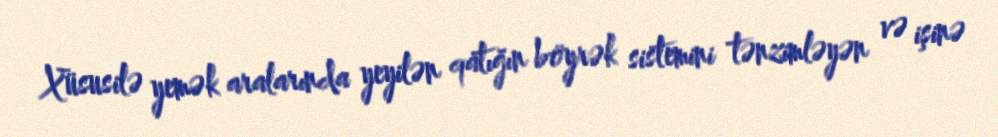
Xüsusilə yemək aralarında yeyilən qatığın böyrək sistemini tənzimləyən və işinə